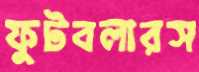
ফুটবলারস